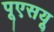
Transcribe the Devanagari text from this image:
पूएसयू